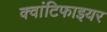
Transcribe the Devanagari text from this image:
क्वांटिफाइयर